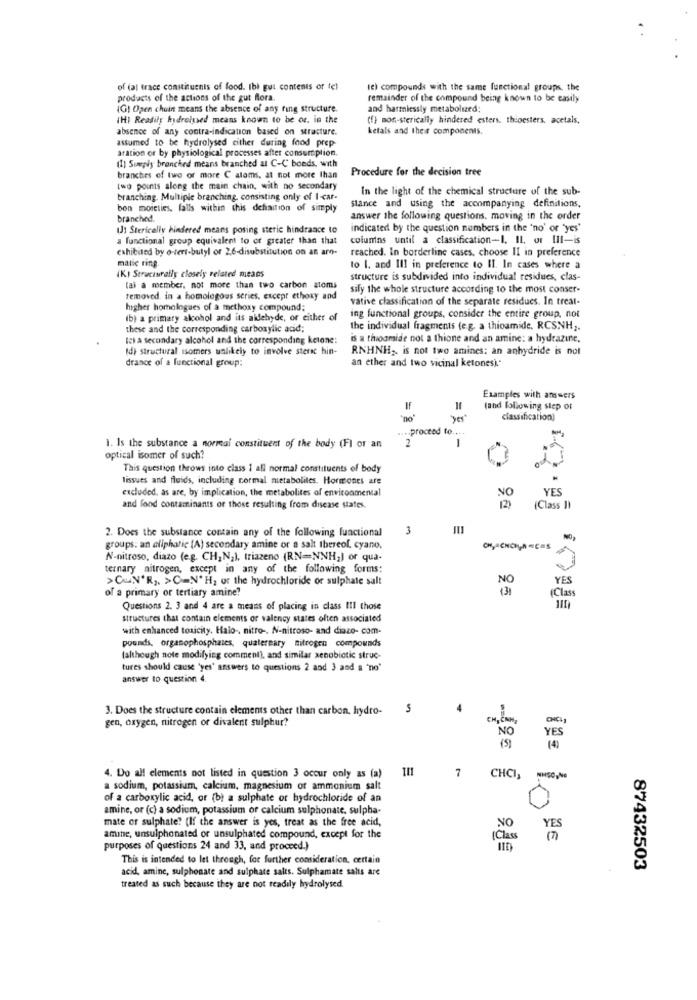
of (al trace constituents of food. Ibi gut contents of fel
le) compounds with the same functional groups. the
products of the actions of the gut flora.
remainder of the compound being known to be easily
(G) Open chain means the absence of any ring structure.
and harmlessly metabolized;
(H) Readily hydrolysed means known to be or. in the
(f) mon-sterically hindered esters. thioesters. acetals,
absence of any contra-indication based on structure.
ketals and the# components.
assumed to be hydrolysed cither during food prep-
aration or by physiological processes after consumplion
(1) Sueply branched means branched al C-C bonds, with
Procedure for the decision tree
branches of two or more C aloms, at not more than
two points along the main chain, with no secondary
In the light of the chemical structure of the sub-
branching. Multiple branching, consisting only of I-car-
bon moreties. falls within this definition of simply
stance and using the accompanying definitions,
branched.
answer the following questions, moving in the order
IJ: Sterically hindered means posing steric hindrance to
indicated by the question numbers in the 'no' or "yes"
a functional group equivalent to or greater than that
colunas until a classification-I. Il, or III-is
exhibited by o-tert-butyl or 26-disubstitution on an aro-
reached. In borderline cases, choose II in preference
matic ring.
to 1. and Ill in preference to Il. In cases where a
IKI Strucisrally closely related means
structure is subdivided into individual residues, clas-
(ai a member, not more than two carbon atoms
sify the whole structure according to the most conser-
removed, in a homologous series, except ethoxy and
vative classification of the separate residues. In treat-
higher homologues of a methoxy compound;
ib) a primary alcohol and its aldehyde, or either of
ing functional groups, consider the entire group, not
these and the corresponding carboxylic acid;
the individual fragments (e.g. a thioamide. RCSNH2.
Ich a secondary alcohol and the corresponding ketone:
is a thioamide not a thione and an amine: a hydrazine.
Id) structural isomers unlikely to involve steric hin-
RNHNH ,. is not two amines: an anhydride is not
drance of a functional group;
an ether and two vicinal ketonesj."
Examples with answers
IF
land following step of
"no"
classification)
.... proceed to ...
2
1. Is the substance a normeal constituent of the body (FI or an
optical isomer of such?
This question throws into class 1 all normal constituents of body
Tissues and fluids, including cormal metaboliles. Hormones are
excluded, as are, by implication, the metabolites of environmental
YES
NO
120
and food contaminants of those resulting from disease states.
(Class I)
2. Does the substance contain any of the following functional
3
groups: an aliphatic (A) secondary amine or a salt thereof. cyano,
N-nitroso, diazo (e.g. CH, N;), triazeno (RN=NNH;) or qua-
ternary nitrogen, except in any of the following forms:
>CAN'R ,. >C=N' H, or the hydrochloride or sulphate salt
YES
of a primary or tertiary amine?
95
(Class
Questions 2. 3 and 4 are a means of placing in class III those
structures that contain elements or valency states often associated
with enhanced toxicity. Halo -, nitro -. N-nitroso- and diazo- com-
pounds, organophosphates, quaternary nitrogen compounds
(although note modifying comment], and similar xenobiotic struc-
tures should cause 'yes' answers to questions 2 and 3 and a 'no'
answer to question 4.
3. Does the structure contain elements other than carbon, hydro-
gen, oxygen, nitrogen or divalent sulphur?
ČNM,
CHCI
NO
YES
(4)
7
4. Do all elements not listed in question 3 occur only as (a)
CHCI, . CO.
a sodium, potassium, calcium, magnesium or ammonium salt
of a carboxylic acid, or (b) a sulphate or hydrochloride of an
120 €
amine, or (c) a sodium, potassium or calcium sulphonate, sulpha-
0
mate or sulphate? (If the answer is yes, treat as the free acid,
NO
YES
amine, unsulphonated or unsulphated compound, except for the
(Class
purposes of questions 24 and 33, and proceed.)
This is intended to let through, for further consideration, certain
acid, amine, sulphonate and sulphate salts. Sulphamate salts are
87432503
treated as such because they are not readily hydrolysed.